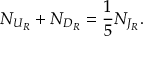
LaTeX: N _ { U _ { R } } + N _ { D _ { R } } = \frac { 1 } { 5 } N _ { J _ { R } } .